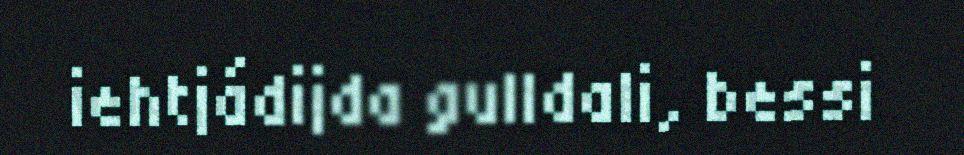
iehtjádijda gulldali, bessi